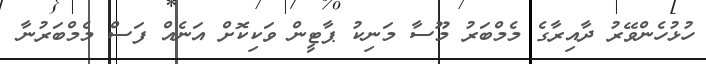
ހުޅުހެންވޭރު ދާއިރާގެ މެމްބަރު މޫސާ މަނިކު ޕާޓީން ވަކިކޮށް އަނެއް ފަސް މެމްބަރުނާ